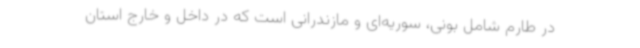
در طارم شامل بونی، سوریه‌ای و مازندرانی است که در داخل و خارج استان